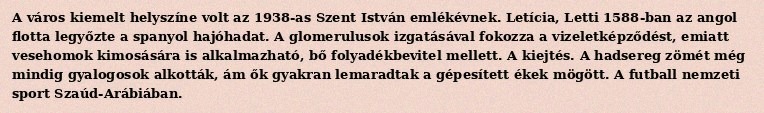
A város kiemelt helyszíne volt az 1938-as Szent István emlékévnek. Letícia, Letti 1588-ban az angol flotta legyőzte a spanyol hajóhadat. A glomerulusok izgatásával fokozza a vizeletképződést, emiatt vesehomok kimosására is alkalmazható, bő folyadékbevitel mellett. A kiejtés. A hadsereg zömét még mindig gyalogosok alkották, ám ők gyakran lemaradtak a gépesített ékek mögött. A futball nemzeti sport Szaúd-Arábiában.